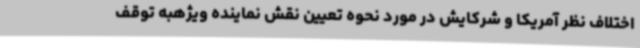
اختلاف نظر آمریکا و شرکایش در مورد نحوه تعیین نقش نماینده ویژهبه توقف